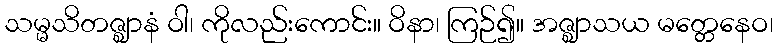
သမ္မသိတဇ္ဈာနံ ဝါ၊ ကိုလည်းကောင်း။ ဝိနာ၊ ကြဉ်၍။ အဇ္ဈာသယ မတ္တေနေဝ၊